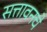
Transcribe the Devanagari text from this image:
सत्तावनचे